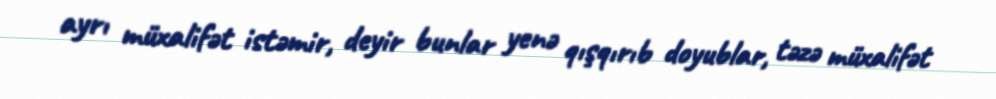
ayrı müxalifət istəmir, deyir bunlar yenə qışqırıb doyublar, təzə müxalifət